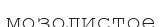
мозолистое